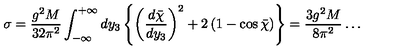
\sigma = { \frac { g ^ { 2 } M } { 3 2 \pi ^ { 2 } } } \int _ { - \infty } ^ { + \infty } d y _ { 3 } \left\{ \left( { \frac { d \bar { \chi } } { d y _ { 3 } } } \right) ^ { 2 } + 2 \left( 1 - \cos \bar { \chi } \right) \right\} = { \frac { 3 g ^ { 2 } M } { 8 \pi ^ { 2 } } } \ldots